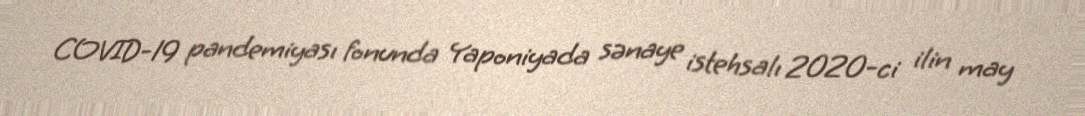
COVID-19 pandemiyası fonunda Yaponiyada sənaye istehsalı 2020-ci ilin may